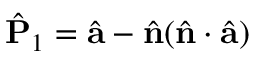
\hat { { \bf P } } _ { 1 } = \hat { \bf a } - \hat { \bf n } ( \hat { \bf n } \cdot \hat { \bf a } )